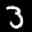
Label: 3